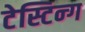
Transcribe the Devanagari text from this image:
टेस्टिन्ग